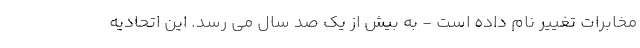
مخابرات تغییر نام داده است - به بیش از یک صد سال می رسد‌. این اتحادیه